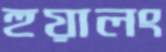
হুয়ালং